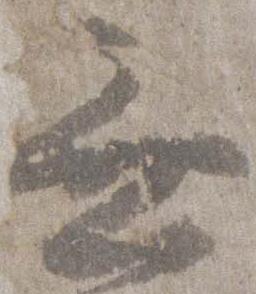
無